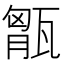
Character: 𤭶